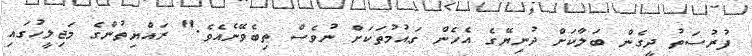
ފުރުސަތު ދީގެން ބަލާކަށް ދުނިޔޭގެ އެހެން ގައުމުތަކަށް ނުވެސް ތިބެވޭނެއެވެ." ރައްޔިތުންގެ މަޖިލީހުގައި